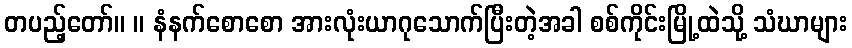
တပည့်တော်။ ။ နံနက်စောစော အားလုံးယာဂုသောက်ပြီးတဲ့အခါ စစ်ကိုင်းမြို့ထဲသို့ သံဃာများ